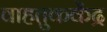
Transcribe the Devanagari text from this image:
वाहतुककेंद्र